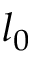
l _ { 0 }